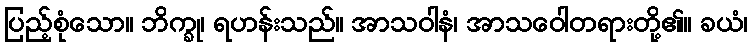
ပြည့်စုံသော။ ဘိက္ခု၊ ရဟန်းသည်။ အာသဝါနံ၊ အာသဝေါတရားတို့၏။ ခယံ၊